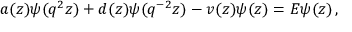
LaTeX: a ( z ) \psi ( q ^ { 2 } z ) + d ( z ) \psi ( q ^ { - 2 } z ) - v ( z ) \psi ( z ) = E \psi ( z ) \, ,